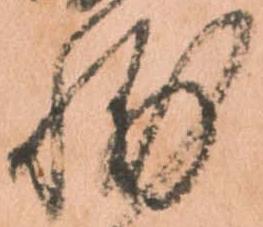
輔